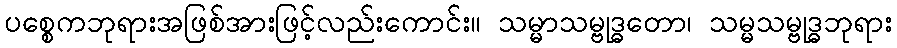
ပစ္စေကဘုရားအဖြစ်အားဖြင့်လည်းကောင်း။ သမ္မာသမ္ဗုဒ္ဓတော၊ သမ္မသမ္ဗုဒ္ဓဘုရား